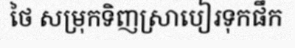
ថៃ សម្រុកទិញស្រាបៀរទុកផឹក